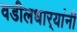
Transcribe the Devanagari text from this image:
वडीलधार्‍यांनी